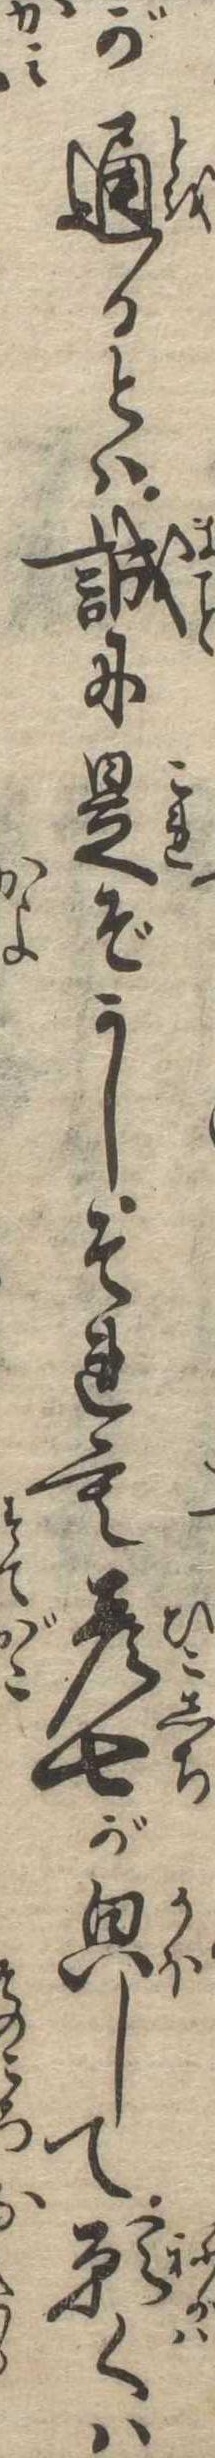
が通るとは誠に是ぞかしそれも彦七がして願くは